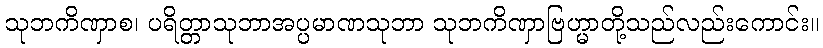
သုဘကိဏှာစ၊ ပရိတ္တာသုဘာအပ္ပမာဏသုဘာ သုဘကိဏှာဗြဟ္မာတို့သည်လည်းကောင်း။